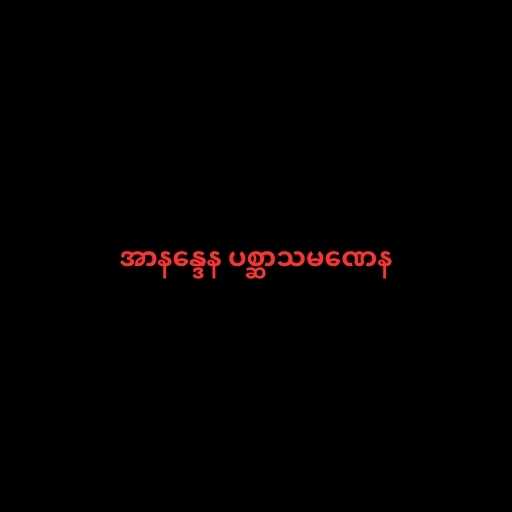
အာနန္ဒေန ပစ္ဆာသမဏေန